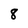
Character: 8